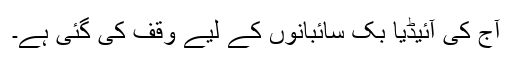
آج کی آئیڈیا بُک سائبانوں کے لیے وقف کی گئی ہے۔